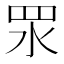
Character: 𥄳